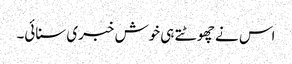
اس نے چھوٹتے ہی خوش خبری سنائی۔